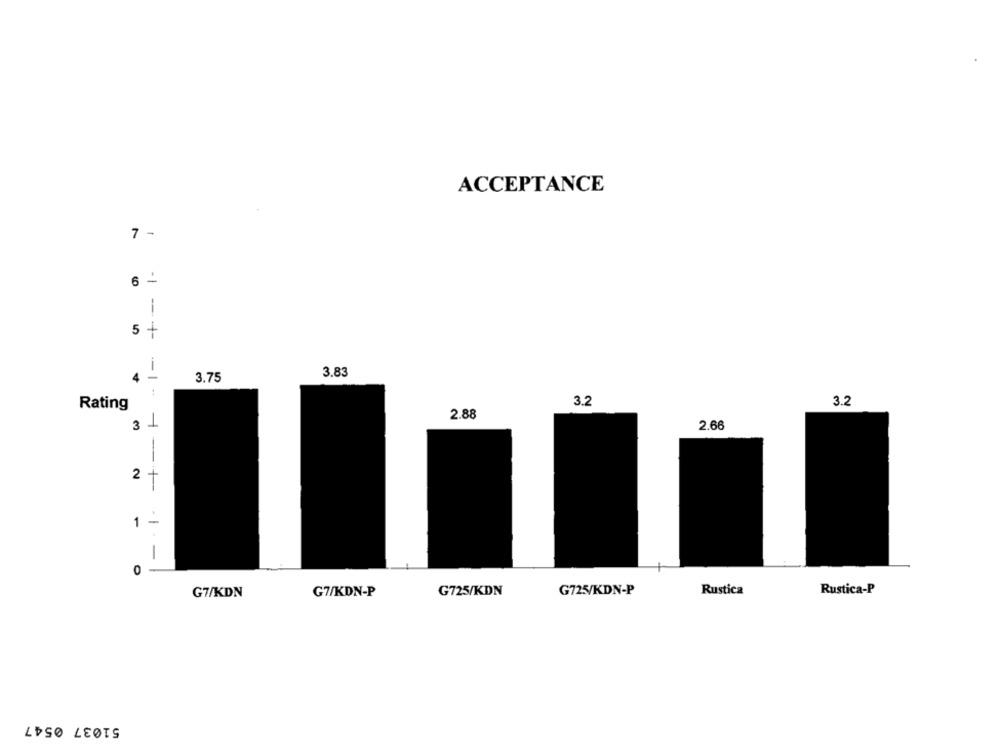
ACCEPTANCE
7 -
6 -
1
5 +
i
3.75
3.83
4
Rating
3.2
3.2
2.88
31
2.66
2 +
1 -
0
G7/KDN
G7/KDN-P
G725/KDN
G725/KDN-P
Rustica
Rustica-P
51037 0547